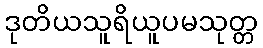
ဒုတိယသူရိယူပမသုတ္တ